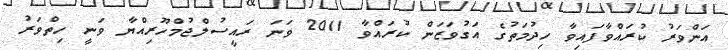
އަންވަރު ކުރައްވާފައިވާ ހިދުމަތުގެ އަގުވަޒަން ކުރައްވާ 2011 ވަނަ ރައީސުލްޖުމްހޫރިއްޔާ ވަނީ ހިތްވަރު